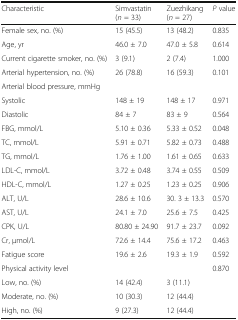
| Characteristic | Simvastatin (n = 33) | Zuezhikang (n = 27) | P value |
 | --- | --- | --- | --- |
 | Female sex, no. (%) | 15 (45.5) | 13 (48.2) | 0.835 |
 | Age, yr | 46.0 ± 7.0 | 47.0 ± 5.8 | 0.614 |
 | Current cigarette smoker, no. (%) | 3 (9.1) | 2 (7.4) | 1.000 |
 | Arterial hypertension, no. (%) | 26 (78.8) | 16 (59.3) | 0.101 |
 | <COLSPAN=4> Arterial blood pressure, mmHg |
 | Systolic | 148 ± 19 | 148 ± 17 | 0.971 |
 | Diastolic | 84 ± 7 | 83 ± 9 | 0.564 |
 | FBG, mmol/L | 5.10 ± 0.36 | 5.33 ± 0.52 | 0.048 |
 | TC, mmol/L | 5.91 ± 0.71 | 5.82 ± 0.73 | 0.488 |
 | TG, mmol/L | 1.76 ± 1.00 | 1.61 ± 0.65 | 0.633 |
 | LDL-C, mmol/L | 3.72 ± 0.48 | 3.74 ± 0.55 | 0.509 |
 | HDL-C, mmol/L | 1.27 ± 0.25 | 1.23 ± 0.25 | 0.906 |
 | ALT, U/L | 28.6 ± 10.6 | 30. 3 ± 13.3 | 0.570 |
 | AST, U/L | 24.1 ± 7.0 | 25.6 ± 7.5 | 0.425 |
 | CPK, U/L | 80.80 ± 24.90 | 91.7 ± 23.7 | 0.092 |
 | Cr, μmol/L | 72.6 ± 14.4 | 75.6 ± 17.2 | 0.463 |
 | Fatigue score | 19.6 ± 2.6 | 19.3 ± 1.9 | 0.592 |
 | Physical activity level |  |  | 0.870 |
 | Low, no. (%) | 14 (42.4) | 3 (11.1) |  |
 | Moderate, no. (%) | 10 (30.3) | 12 (44.4) |  |
 | High, no. (%) | 9 (27.3) | 12 (44.4) |  |